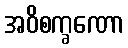
အဝိစက္ခဏော